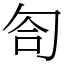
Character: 匌